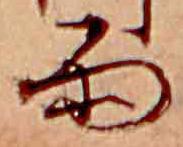
雨